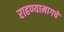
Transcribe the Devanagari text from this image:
राहण्यामागचे